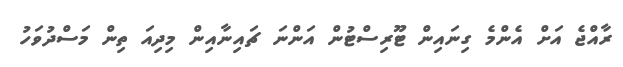
ރާއްޖެ އަށް އެންމެ ގިނައިން ޓޫރިސްޓުން އަންނަ ޗައިނާއިން މިދިއަ ތިން މަސްދުވަހު